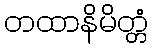
တထာနိမိတ္တံ